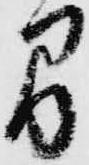
間